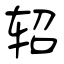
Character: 轺